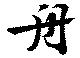
舟